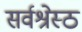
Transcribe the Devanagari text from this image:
सर्वश्रेस्ठ